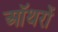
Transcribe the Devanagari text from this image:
ऑथरों